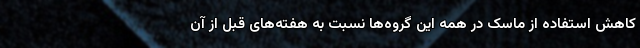
کاهش استفاده از ماسک در همه این گروه‌ها نسبت به هفته‌های قبل از آن